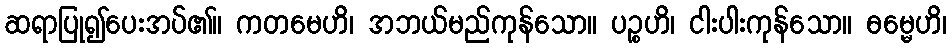
ဆရာပြု၍ပေးအပ်၏။ ကတမေဟိ၊ အဘယ်မည်ကုန်သော။ ပဉ္စဟိ၊ ငါးပါးကုန်သော။ ဓမ္မေဟိ၊